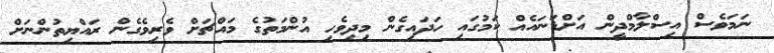
ނަމަވެސް އިސްލާމްދީން އަށްޑަނައެއް ކަމުގައި ހަދައިގެން މިދިވެހި އުންމަތުގެ މައްޗަށް ވެރިވެގެން ރައްޔިތުންނަށް